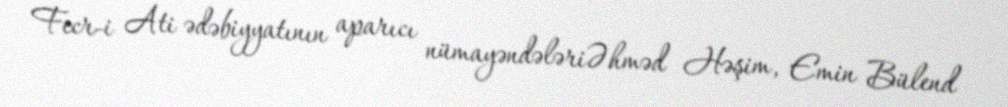
Fecr-i Ati ədəbiyyatının aparıcı nümayəndələriƏhməd Həşim, Emin Bülend